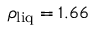
\rho _ { \mathrm { l i q } } = 1 . 6 6